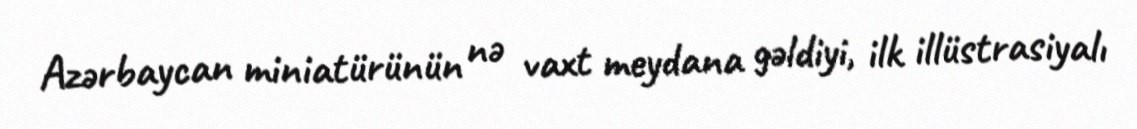
Azərbaycan miniatürünün nə vaxt meydana gəldiyi, ilk illüstrasiyalı